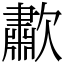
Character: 歗